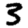
Digit: 3